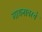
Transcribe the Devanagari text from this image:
गायनावरचे